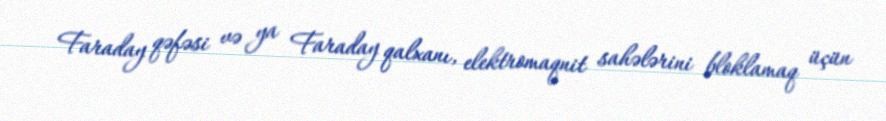
Faraday qəfəsi və ya Faraday qalxanı, elektromaqnit sahələrini bloklamaq üçün